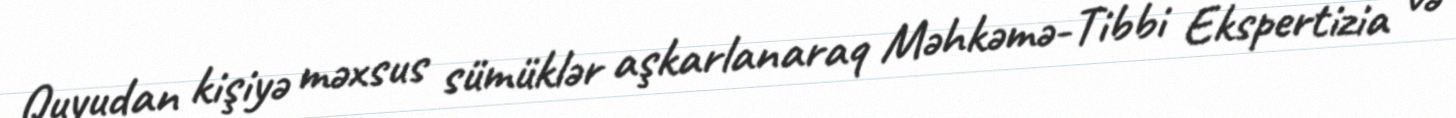
Quyudan kişiyə məxsus sümüklər aşkarlanaraq Məhkəmə-Tibbi Ekspertizia və